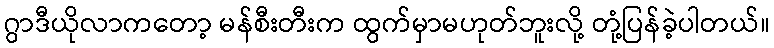
ဂွာဒီယိုလာကတော့ မန်စီးတီးက ထွက်မှာမဟုတ်ဘူးလို့ တုံ့ပြန်ခဲ့ပါတယ်။